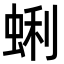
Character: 蜊